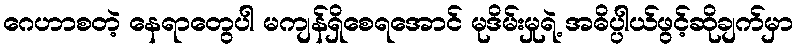
ဂေဟာစတဲ့ နေရာတွေပါ မကျန်ရှိစေရအောင် မုဒိမ်းမှုရဲ့ အဓိပ္ပါယ်ဖွင့်ဆိုချက်မှာ